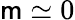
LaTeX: \mathsf{m}\simeq0